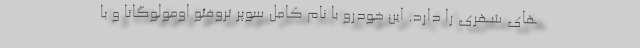
های شهری را دارد. این خودرو با نام کامل سوپر تروفئو اومولوگاتا و با